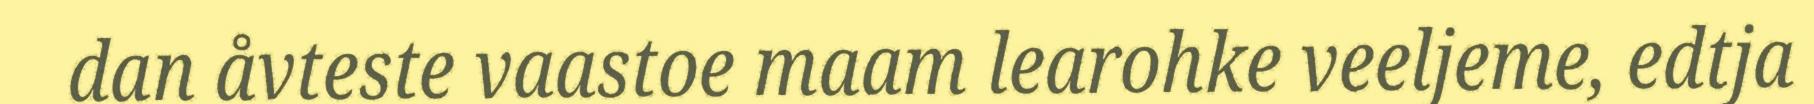
dan åvteste vaastoe maam learohke veeljeme, edtja